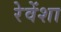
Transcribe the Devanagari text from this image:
रेवेंशा